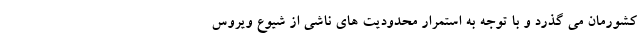
کشورمان می گذرد و با توجه به استمرار محدودیت های ناشی از شیوع ویروس